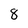
Character: 8